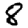
Digit: 8